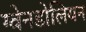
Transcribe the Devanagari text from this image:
ग्वेनडोलियन